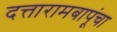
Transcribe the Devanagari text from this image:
दत्तारामबापूंचा